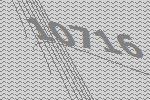
10716